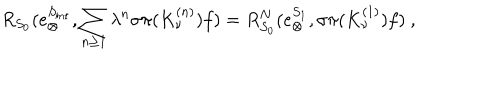
LaTeX: R _ { S _ { 0 } } ( e _ { \otimes } ^ { S _ { \mathrm { i n t } } } , \sum _ { n \geq 1 } \lambda ^ { n } \sigma \pi ( K _ { \nu } ^ { ( n ) } ) f ) = R _ { S _ { 0 } } ^ { N } ( e _ { \otimes } ^ { S _ { 1 } } , \sigma \pi ( K _ { \nu } ^ { ( 1 ) } ) f ) \ ,